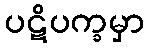
ပဋိပက္ခမှာ